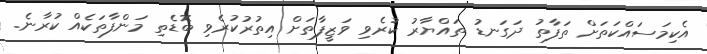
އެކިމަސައްކަތަށް ތަފާތު ދަގަނޑު ތައްޔާރު ކުރެވި ވަޒީފާތަށް އިތުރުކުރެވި ބޮޑެތި މަންފާތަކެއް ކުރާނެ.